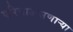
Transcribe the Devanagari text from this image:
एरियाअसणार्‍या